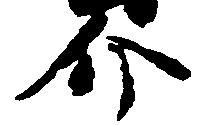
介